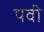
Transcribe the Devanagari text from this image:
पवी